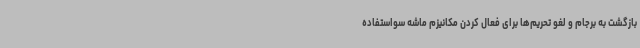
بازگشت به برجام و لغو تحریم‌ها برای فعال کردن مکانیزم ماشه سواستفاده